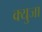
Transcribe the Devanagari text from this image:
क्युजा